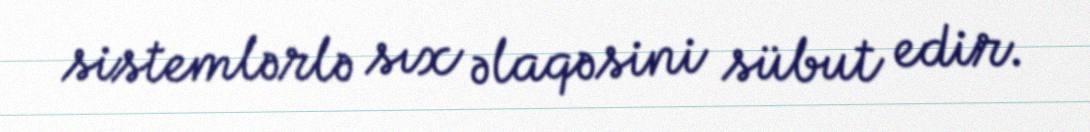
sistemlərlə sıx əlaqəsini sübut edir.